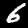
Digit: 6